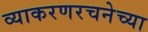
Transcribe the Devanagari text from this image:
व्याकरणरचनेच्या